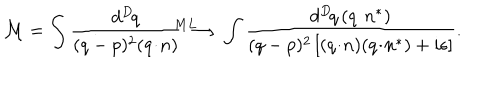
{ \cal M } = \int \frac { d ^ { D } \! q } { ( q - p ) ^ { 2 } ( q \! \cdot \! n ) } \longrightarrow ^ { \! \! \! \! \! \! \! \! \! \! \! \! \! \! M L } \int \frac { d ^ { D } \! q \, ( q \! \cdot \! n ^ { * } ) } { ( q - p ) ^ { 2 } \left[ ( q \! \cdot \! n ) ( q \! \cdot \! n ^ { * } ) + i \epsilon \right] } .